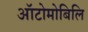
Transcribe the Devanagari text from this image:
ऑटोमोबिलि